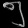
Digit: ၅